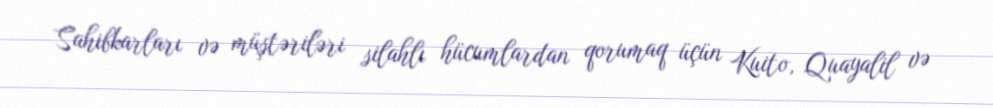
Sahibkarları və müştəriləri silahlı hücumlardan qorumaq üçün Kuito, Quayalil və